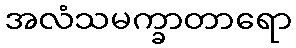
အလံသမက္ခာတာရော